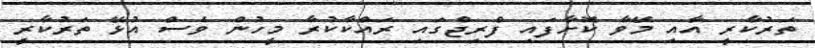
ތަރުކާރީ އާއި މޭވާ ކޮށާފައި ފްރިޖްގައި ރައްކާކުރާ މީހުން ވެސް އުޅޭ ތަރުކާރީ